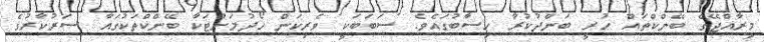
މިރާއްޖޭގެ ބޭންކްތައް ހުރީ ބަންދުކުރާ ހިސާބުގައެވެ. ސަބަބަކީ ވެރިކަން ހޯދުމަށްޓަކާ ބޭންކްތަކުގައާ ސަރުކާރުގެ